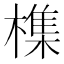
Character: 𣛜